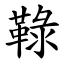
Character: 䩮